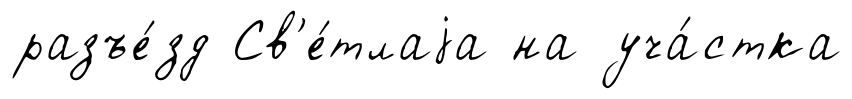
разъе́зд Св'е́тлаjа на уча́стка